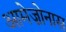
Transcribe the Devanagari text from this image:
आमेज़ोनास